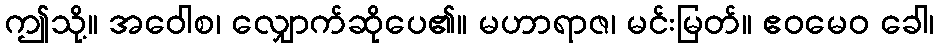
ဤသို့။ အဝေါစ၊ လျှောက်ဆိုပေ၏။ မဟာရာဇ၊ မင်းမြတ်။ ဧဝမေဝ ခေါ၊